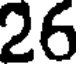
26